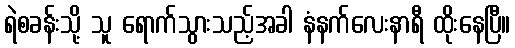
ရဲစခန်းသို့ သူ ရောက်သွားသည့်အခါ နံနက်လေးနာရီ ထိုးနေပြီ။